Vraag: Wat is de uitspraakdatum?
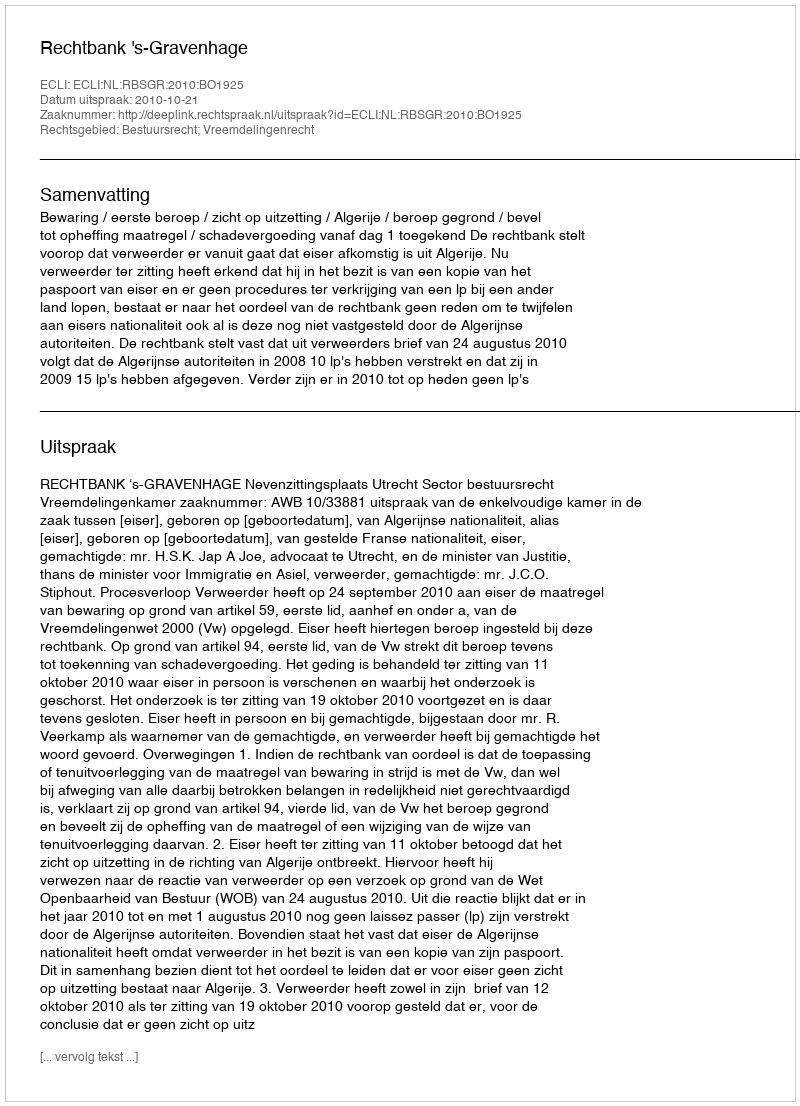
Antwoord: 2010-10-21